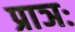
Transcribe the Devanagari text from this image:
प्राञः